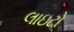
લાઇટો